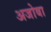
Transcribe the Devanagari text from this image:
अजोबा